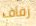
زفاف